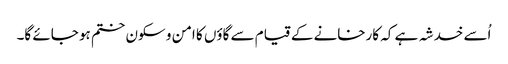
اُسے خدشہ ہے کہ کارخانے کے قیام سے گاؤں کا امن و سکون ختم ہو جائے گا۔